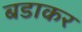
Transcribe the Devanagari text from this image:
बडाकर